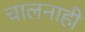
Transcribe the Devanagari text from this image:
चालनाही